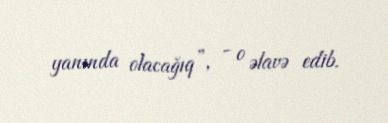
yanında olacağıq”, - o əlavə edib.